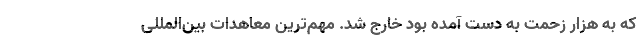
که به هزار زحمت به دست آمده بود خارج شد. مهم‌ترین معاهدات بین‌المللی